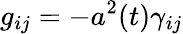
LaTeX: g_{ij}=-a^{2}(t)\gamma_{ij}